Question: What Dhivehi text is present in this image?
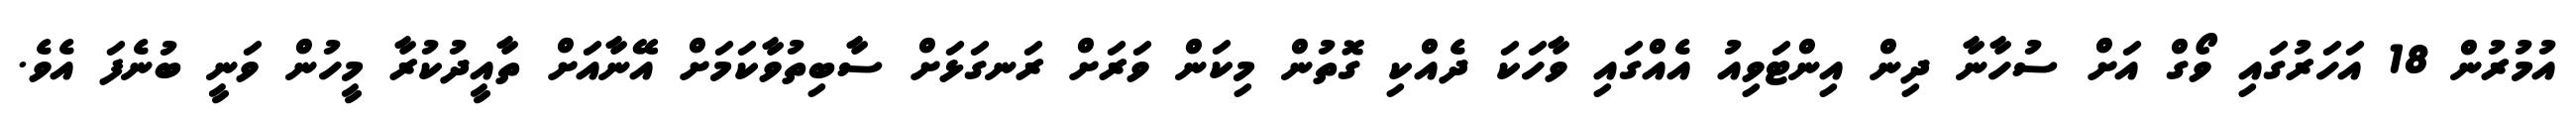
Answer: އުމުރުން 18 އަހަރުގައި ވޯގް އަށް ސުހާނާ ދިން އިންޓަވިއު އެއްގައި ވާހަކަ ދެއްކި ގޮތުން މިކަން ވަރަށް ރަނގަޅަށް ސާބިތުވާކަމަށް އޭނާއަށް ތާއީދުކުރާ މީހުން ވަނީ ބުނެފަ އެވެ.